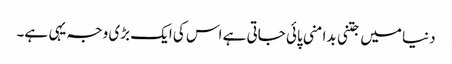
دنیا میں جتنی بدامنی پائی جاتی ہے اس کی ایک بڑی وجہ یہی ہے۔